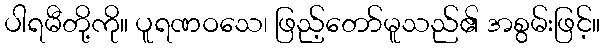
ပါရမီတို့ကို။ ပူရဏဝသေ၊ ဖြည့်တော်မူသည်၏ အစွမ်းဖြင့်။